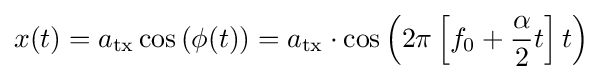
x(t)=a_{\mathrm {tx} }\cos \left(\phi (t)\right)=a_{\mathrm {tx} }\cdot \cos \left(2\pi \left[f_{0}+{\frac {\alpha }{2}}t\right]t\right)